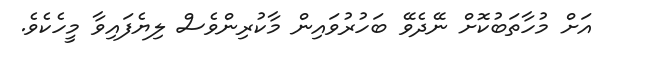
އަށް މުހާތަބުކޮށް ނޭދެވޭ ބަހުރުވައިން މާކުރިންވެސް ލިޔެފައިވާ މީހެކެވެ.